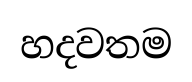
හදවතම